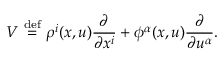
V \ { \stackrel { \mathrm { d e f } } { = } } \ \rho ^ { i } ( x , u ) { \frac { \partial } { \partial x ^ { i } } } + \phi ^ { \alpha } ( x , u ) { \frac { \partial } { \partial u ^ { \alpha } } } .